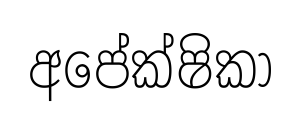
අපේක්ෂිකා